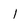
Character: 1